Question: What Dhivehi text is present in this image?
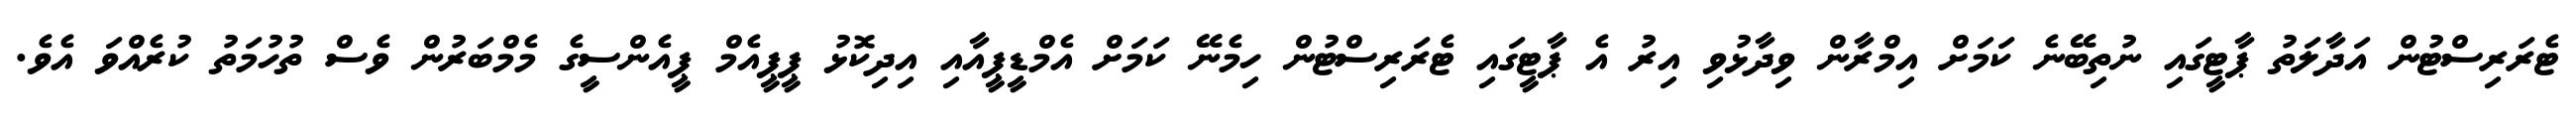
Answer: ޓެރަރިސްޓުން އަދާލަތު ޕާޓީގައި ނުތިބޭނެ ކަމަށް އިމްރާން ވިދާޅުވި އިރު އެ ޕާޓީގައި ޓެރަރިސްޓުން ހިމެނޭ ކަމަށް އެމްޑީޕީއާއި އިދިކޮޅު ޕީޕީއެމް ޕީއެންސީގެ މެމްބަރުން ވެސް ތުހުމަތު ކުރެއްވަ އެވެ.